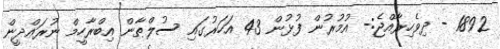
1892 - ދިވެހިރާއްޖެ:- އުމުރުން ފުޅުން 43 އަހަރުގައި ސުލްޠާން އިބްރާހީމް ނުރައްދީން